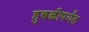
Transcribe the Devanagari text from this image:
हुबळीपर्यंत